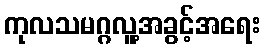
ကုလသမဂ္ဂလူ့အခွင့်အရေး